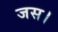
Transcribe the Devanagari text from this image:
जस।